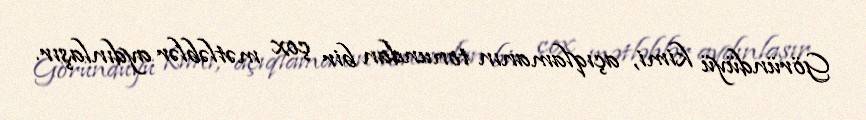
Göründüyü kimi, açıqlamanın tonundan bir çox mətləblər aydınlaşır.